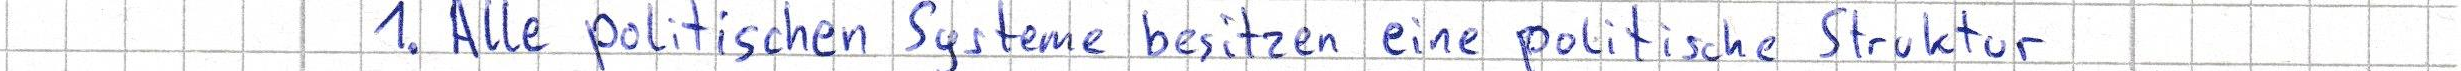
1. Alle politischen Systeme besitzen eine politische Struktur